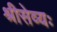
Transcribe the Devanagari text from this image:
श्रीसेव्यः